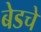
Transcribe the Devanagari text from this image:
बेडचे